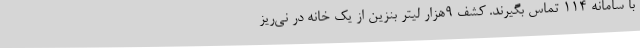
با سامانه 114 تماس بگیرند. کشف 9هزار لیتر بنزین از یک خانه در نی‌ریز